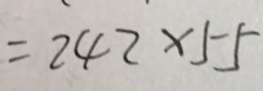
= 2 4 2 \times 5 5